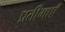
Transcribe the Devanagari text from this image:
प्रतीमाएँ